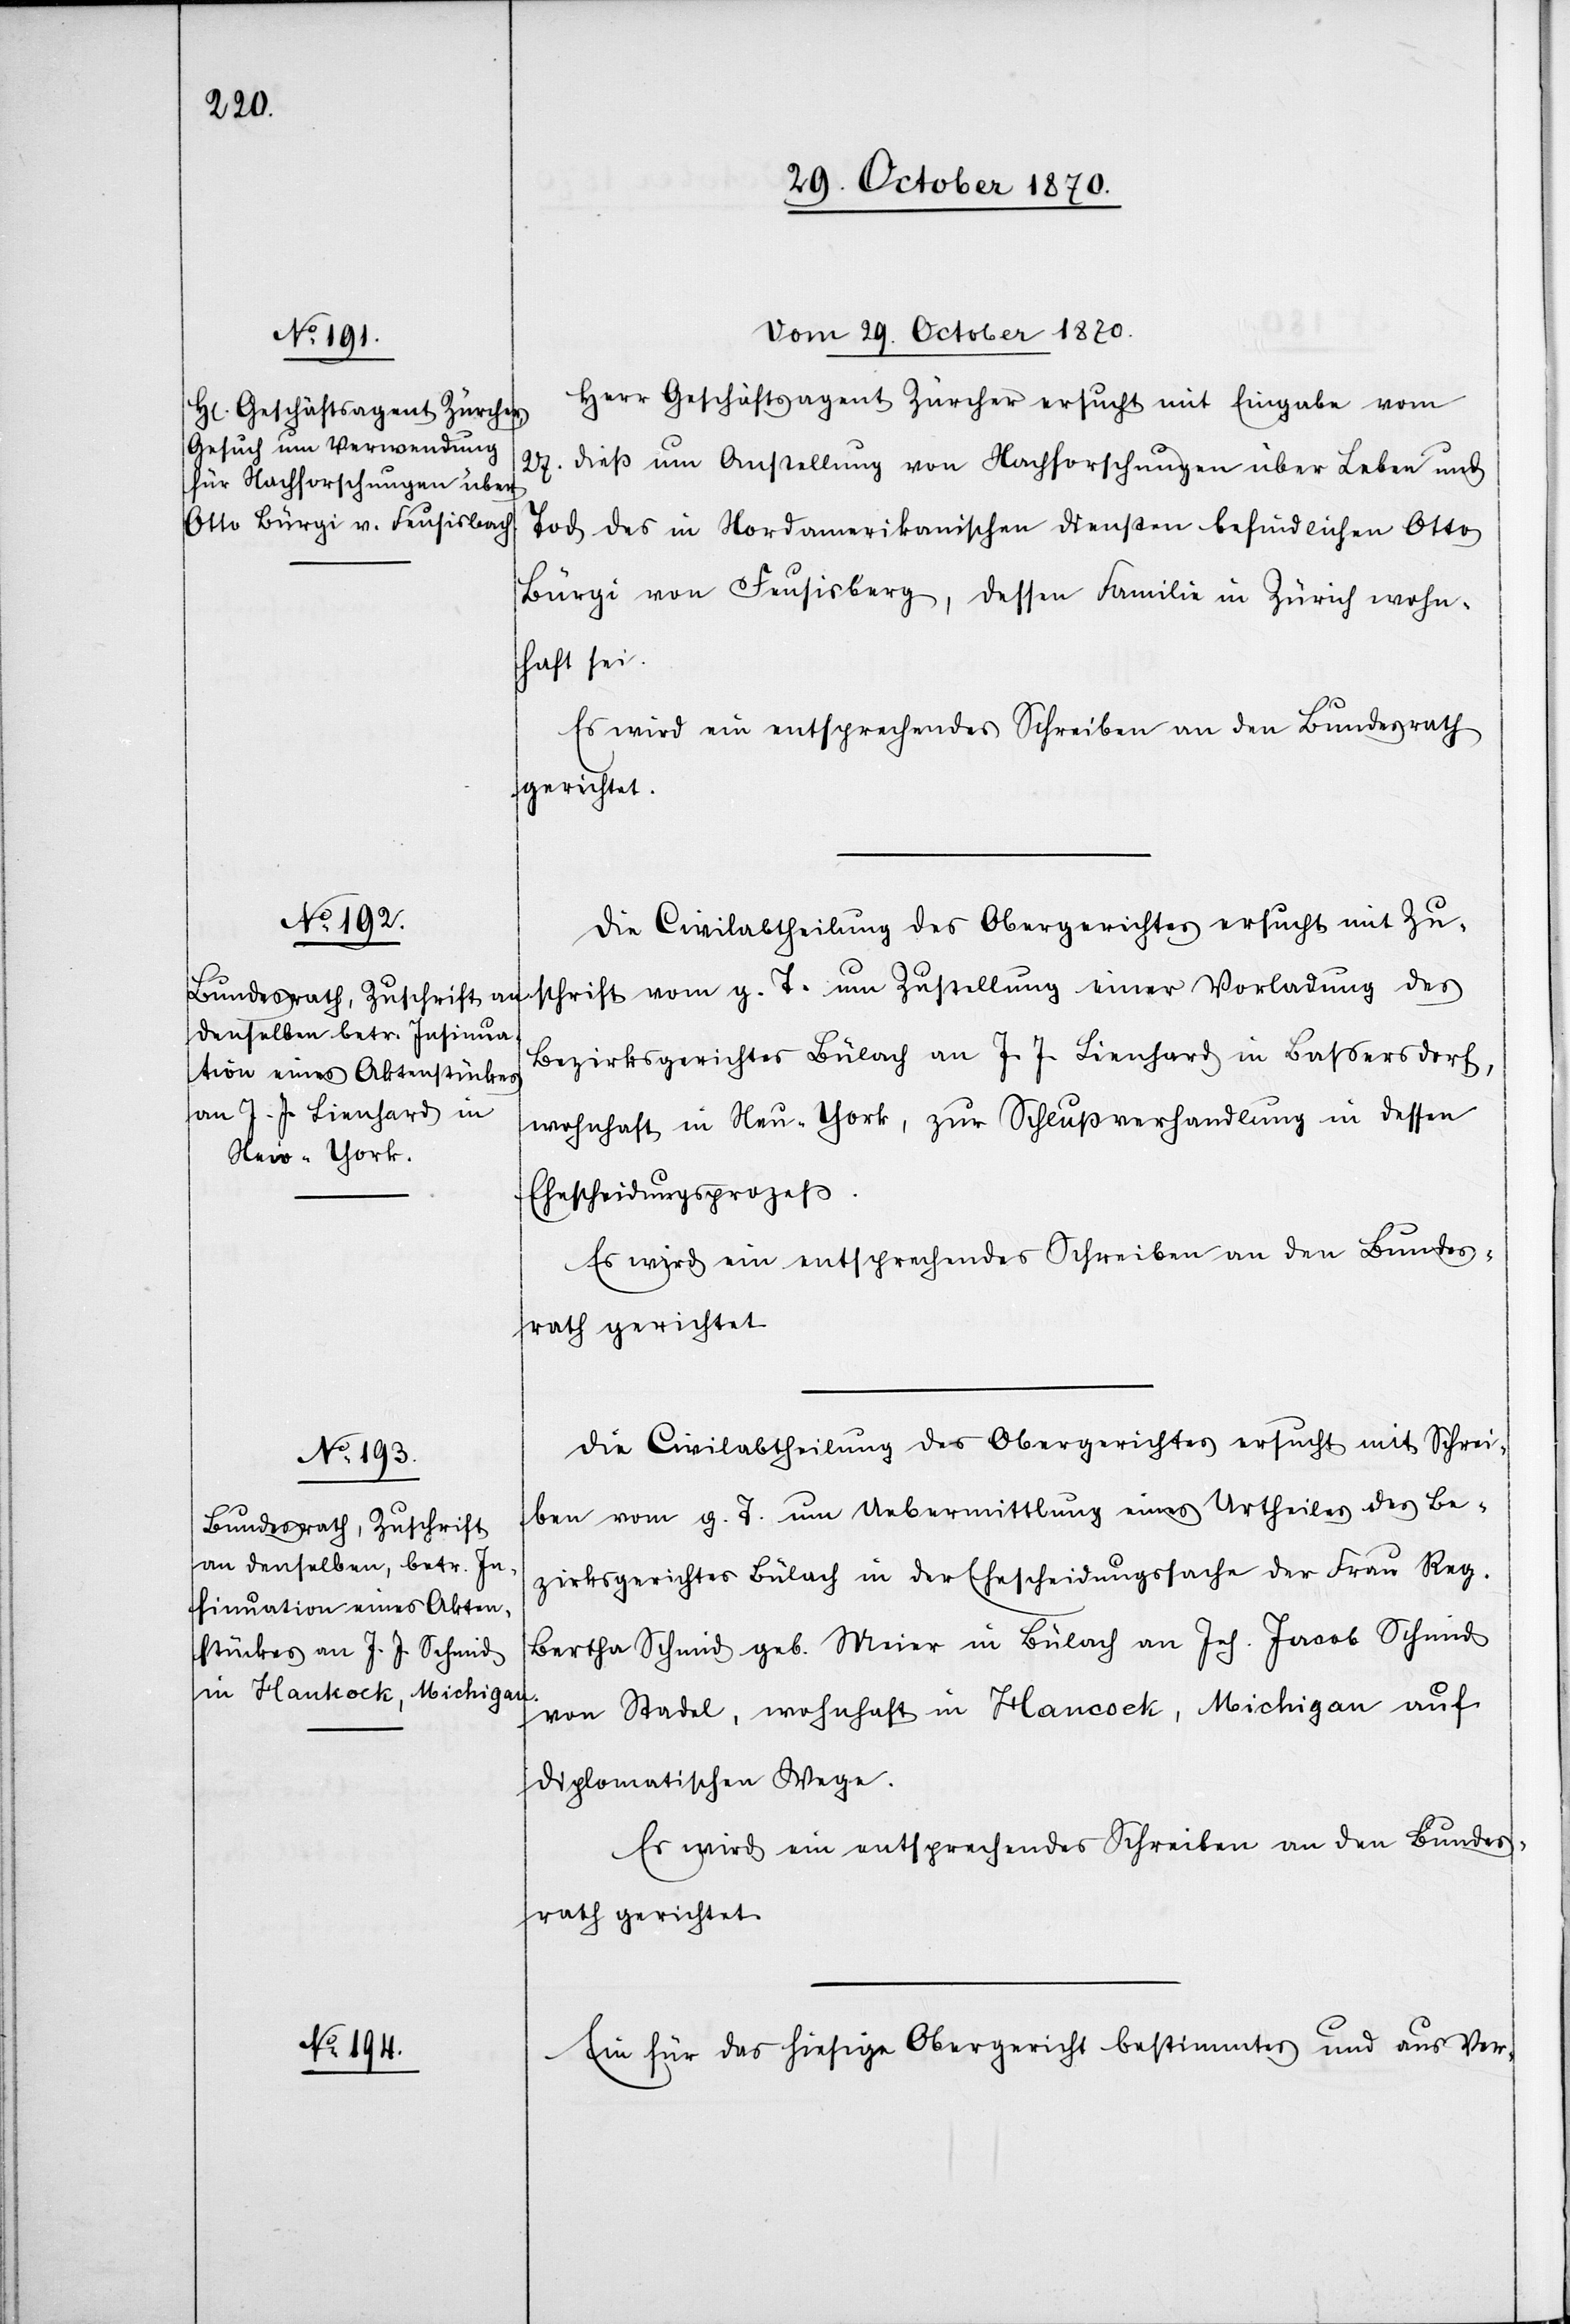
Vom 29. October 1870.]
Herr Geschäftsagent Zürcher ersucht mit Eingabe vom
27. dieß um Anstellung von Nachforschungen über Leben und
Tod des in Nordamerikanischen Diensten befindlichen Otto
Bürgi von Feusisberg
dessen Familie in Zürich wohn¬
haft sei.
Es wird ein entsprechendes Schreiben an den Bundesrath
gerichtet.
Die Civilabtheilung des Obergerichtes ersucht mit Zu¬
schrift vom g. T. um Zustellung einer Vorladung des
Bezirksgerichtes Bülach an J. J. Lienhard in Baßersdorf,
wohnhaft in Neu-York, zur Schlußverhandlung in dessen
Ehescheidungsprozeß.
Es wird ein entsprechendes Schreiben an den Bundes¬
rath gerichtet.
Die Civilabtheilung des Obergerichtes ersucht mit Schrei¬
ben vom g. T. um Uebermittlung eines Urtheiles des Be¬
zirksgerichtes Bülach in der Ehescheidungssache der Frau Reg.
Bertha Schmid geb. Meier in Bülach an Joh. Jacob Schmid
von Stadel, wohnhaft in Hancock, Michigan auf
diplomatischem Wege.
Es wird ein entsprechendes Schreiben an den Bundes¬
rath gerichtet.
Ein für das hiesige Obergericht bestimmtes und aus Ver-